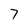
Character: 7